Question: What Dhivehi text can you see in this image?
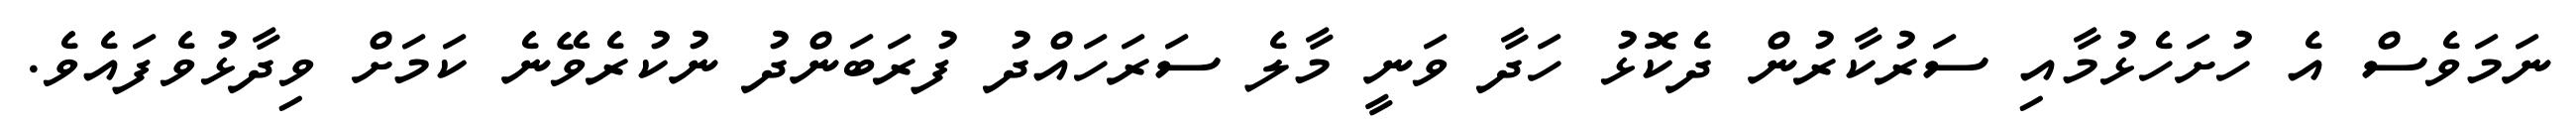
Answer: ނަމަވެސް އެ ހުށަހެޅުމާއި ސަރުކާރުން ދެކޮޅު ހަދާ ވަނީ މާލެ ސަރަހައްދު ފުރަބަންދު ނުކުރެވޭނެ ކަމަށް ވިދާޅުވެފައެވެ.